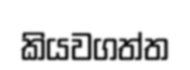
කියවගත්ත